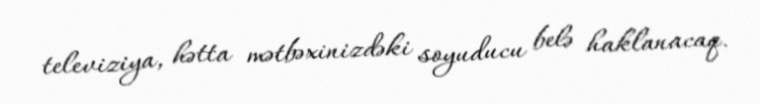
televiziya, hətta mətbəxinizdəki soyuducu belə haklanacaq.